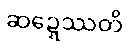
ဆဍ္ဍေဿတိ